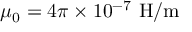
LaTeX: \mu _ { 0 } = 4 \pi \times 1 0 ^ { - 7 } { \mathrm { ~ H / m } }